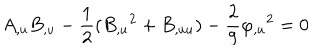
LaTeX: A _ { , u } B _ { , u } - \frac { 1 } { 2 } ( B _ { , u } { } ^ { 2 } + B _ { , u u } ) - \frac { 2 } { 9 } \varphi _ { , u } { } ^ { 2 } = 0